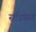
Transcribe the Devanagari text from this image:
स्टीफंन